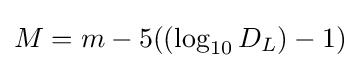
M=m-5((\log _{10}{D_{L}})-1)\!